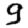
Digit: 9